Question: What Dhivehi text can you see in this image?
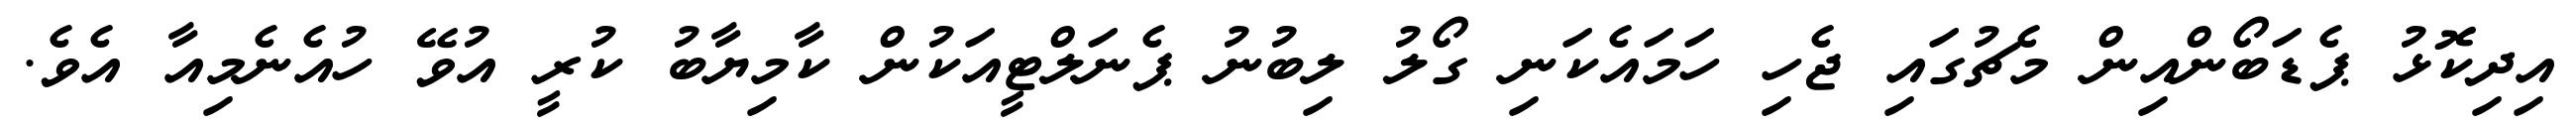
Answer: އިދިކޮޅު ޕެޑަބޯންއިން މެޗުގައި ޖެހި ހަމައެކަނި ގޯލު ލިބުނު ޕެނަލްޓީއަކުން ކާމިޔާބު ކުރީ އުވޭ ހުއެނެމިއާ އެވެ.